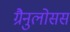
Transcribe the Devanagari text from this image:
ग्रैनुलोसस